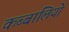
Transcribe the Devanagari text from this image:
कब्बालियों